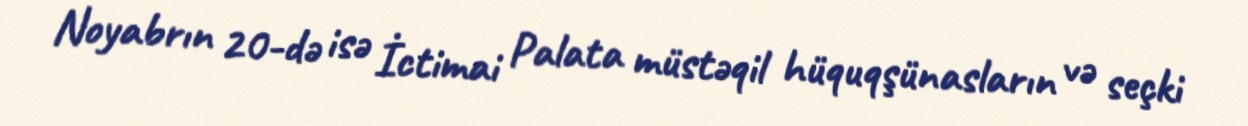
Noyabrın 20-də isə İctimai Palata müstəqil hüquqşünasların və seçki